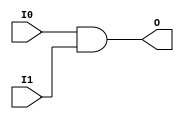
module and4_wrapped (
    input [3:0] I0,
    input [3:0] I1,
    output [3:0] O
);
assign O = I0 & I1;
endmodule